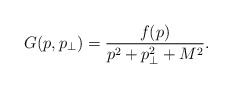
\begin{align*}G(p,p_\perp)=\frac{f(p)}{p^2+p_\perp^2+M^2}.\end{align*}